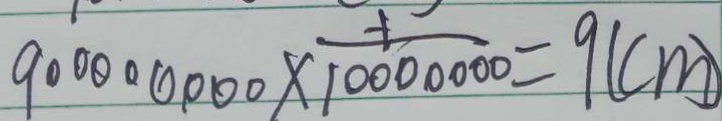
9 0 0 0 0 0 0 0 0 \times \frac { - 1 } { 1 0 0 0 0 0 0 0 } = 9 ( c m )